画像に写った文字を読んでください
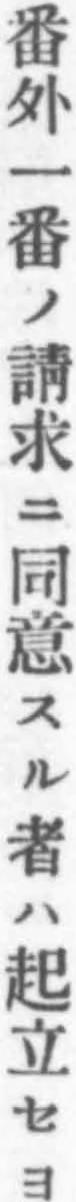
「番外一番ノ請求ニ同意スル者ハ起立セヨ」と書いてあります